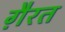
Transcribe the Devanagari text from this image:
गै़रत